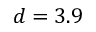
d = 3 . 9